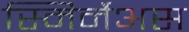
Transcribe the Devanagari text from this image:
स्मिर्नेअस